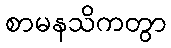
စာမနသိကတွာ